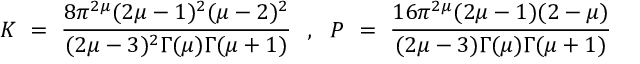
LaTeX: K ~ = ~ \frac { 8 \pi ^ { 2 \mu } ( 2 \mu - 1 ) ^ { 2 } ( \mu - 2 ) ^ { 2 } } { ( 2 \mu - 3 ) ^ { 2 } \Gamma ( \mu ) \Gamma ( \mu + 1 ) } ~ ~ , ~ ~ P ~ = ~ \frac { 1 6 \pi ^ { 2 \mu } ( 2 \mu - 1 ) ( 2 - \mu ) } { ( 2 \mu - 3 ) \Gamma ( \mu ) \Gamma ( \mu + 1 ) }